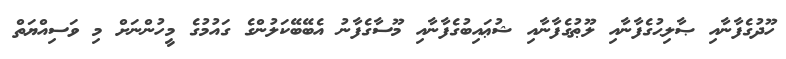
ހޫދުގެފާނާއި ޞާލިޙުގެފާނާއި ލޫޠުގެފާނާއި ޝުޢައިބުގެފާނާއި މޫސާގެފާނު އެބޭބޭކަލުންގެ ގައުމުގެ މީހުންނަށް މި ވަސިއްޔަތް